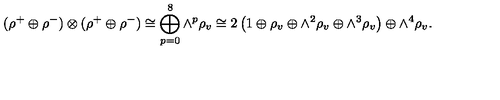
( \rho ^ { + } \oplus \rho ^ { - } ) \otimes ( \rho ^ { + } \oplus \rho ^ { - } ) \cong \bigoplus _ { p = 0 } ^ { 8 } { \wedge } ^ { p } \rho _ { v } \cong 2 \left( 1 \oplus \rho _ { v } \oplus { \wedge } ^ { 2 } \rho _ { v } \oplus { \wedge } ^ { 3 } \rho _ { v } \right) \oplus { \wedge } ^ { 4 } \rho _ { v } .